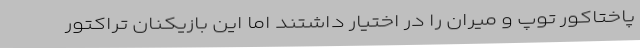
پاختاکور توپ و میران را در اختیار داشتند اما این بازیکنان تراکتور